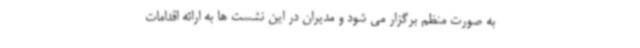
به صورت منظم برگزار می شود و مدیران در این نشست ها به ارائه اقدامات